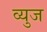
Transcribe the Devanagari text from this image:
व्युज